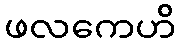
ဖလကေဟိ